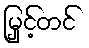
မြှင့်တင်